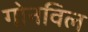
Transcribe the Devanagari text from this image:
गोनविल